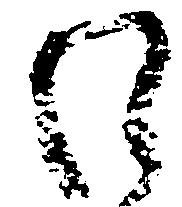
わ